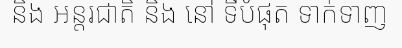
និង អន្តរជាតិ និង នៅ ទីបំផុត ទាក់ទាញ